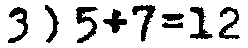
3) 5+7=12